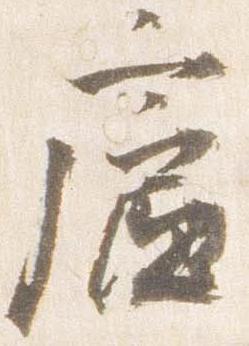
廬